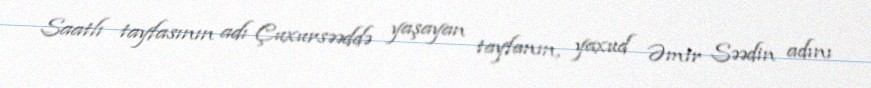
Saatlı tayfasının adı Çuxursəəddə yaşayan tayfanın, yaxud Əmir Səədin adını